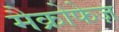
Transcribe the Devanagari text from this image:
मैक्रोफेज़